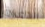
الدعارة